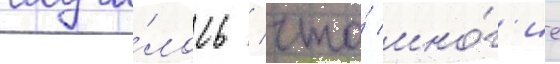
случи́лось / что́ мно́г'ие